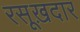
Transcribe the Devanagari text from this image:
रसूख़दार